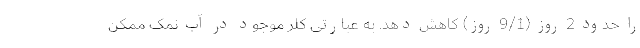
را حدود 2 روز (9/1 روز) کاهش دهد. به عبارتی کلر موجود در آب نمک ممکن